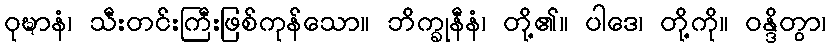
ဝုဍ္ဎာနံ၊ သီးတင်းကြီးဖြစ်ကုန်သော။ ဘိက္ခုနီနံ၊ တို့၏။ ပါဒေ၊ တို့ကို။ ဝန္ဒိတွာ၊